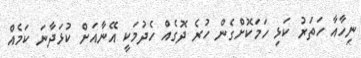
ނިހާއާ ހަތަރު ކަޅި ހަމަކޮށްގެން ހުރެ ދޮގެއް ހެދުމަކީ އޭނާއަށް ކުޅަދާނަ ކަމެއް